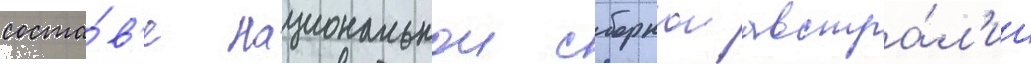
соста́в'е национальнои сборнои австра́л'ии